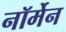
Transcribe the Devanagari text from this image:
नॉर्मेन